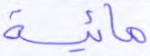
مائية